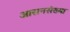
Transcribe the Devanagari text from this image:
आसनसंख्या